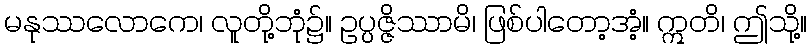
မနုဿလောကေ၊ လူတို့ဘုံ၌။ ဥပ္ပဇ္ဇိဿာမိ၊ ဖြစ်ပါတော့အံ့။ ဣတိ၊ ဤသို့။